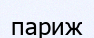
париж